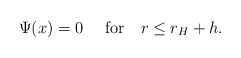
\begin{align*}\Psi (x) = 0 ~~~~{\rm for }~~~ r \leq r_H + h.\end{align*}